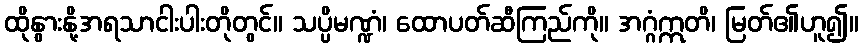
ထိုနွားနို့အရသာငါးပါးတိုတွင်။ သပ္ပိမဏ္ဍံ၊ ထောပတ်ဆီကြည်ကို။ အဂ္ဂံဣတိ၊ မြတ်၏ဟူ၍။